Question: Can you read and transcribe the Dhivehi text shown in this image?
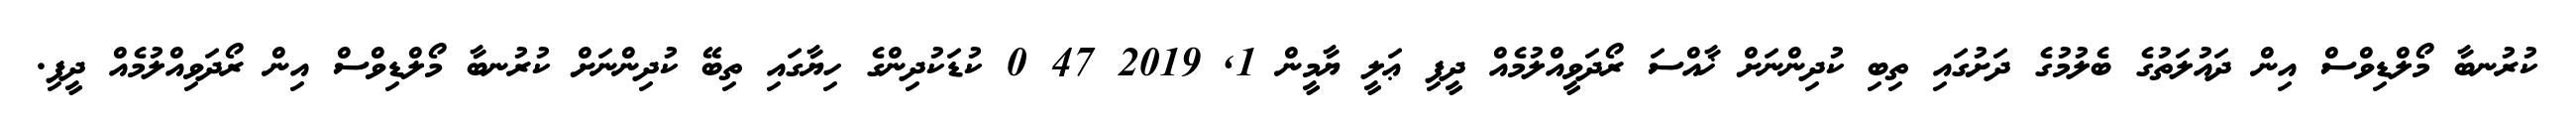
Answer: ކުރުނބާ މޯލްޑިވްސް އިން ދައުލަތުގެ ބެލުމުގެ ދަށުގައި ތިބި ކުދިންނަށް ޚާއްސަ ރޯދަވީއްލުމެއް ދީފި ޢަލީ ޔާމީން 1, 2019 47 0 ކުޑަކުދިންގެ ހިޔާގައި ތިބޭ ކުދިންނަށް ކުރުނބާ މޯލްޑިވްސް އިން ރޯދަވިއްލުމެއް ދީފި.